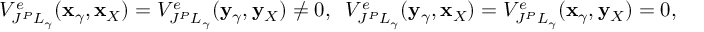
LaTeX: V _ { J ^ { P } L _ { \gamma } } ^ { e } ( { \bf x } _ { \gamma } , { \bf x } _ { X } ) = V _ { J ^ { P } L _ { \gamma } } ^ { e } ( { \bf y } _ { \gamma } , { \bf y } _ { X } ) \ne 0 , \; \; V _ { J ^ { P } L _ { \gamma } } ^ { e } ( { \bf y } _ { \gamma } , { \bf x } _ { X } ) = V _ { J ^ { P } L _ { \gamma } } ^ { e } ( { \bf x } _ { \gamma } , { \bf y } _ { X } ) = 0 , \; \;